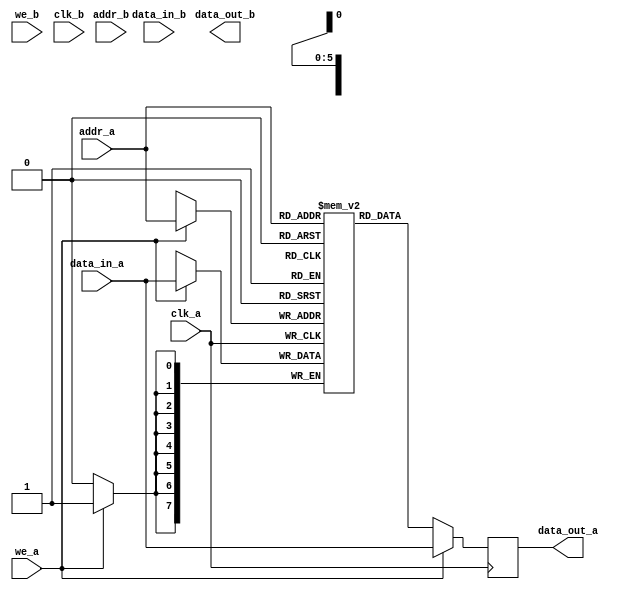
// Quartus Prime Verilog Template
// True Dual Port RAM with dual clocks
// File->New File->VHDL File
// Edit->Insert Template->VHDL->Full designs->RAMs and ROMs->True dual port RAM (dual clock)

module bram_true2p_2clk
#(
  parameter dual_port = 0,
  parameter data_width = 8,
  parameter addr_width = 6
)
(
  input [(data_width-1):0] data_in_a, data_in_b,
  input [(addr_width-1):0] addr_a, addr_b,
  input we_a, we_b, clk_a, clk_b,
  output reg [(data_width-1):0] data_out_a, data_out_b
);
  // Declare the RAM variable
  reg [data_width-1:0] ram[2**addr_width-1:0];

  always @ (posedge clk_a)
  begin
    // Port A 
    if (we_a) 
    begin
      ram[addr_a] <= data_in_a;
      data_out_a <= data_in_a;
    end
    else 
    begin
      data_out_a <= ram[addr_a];
    end
  end

  generate
  if(dual_port)
  always @(posedge clk_b)
  begin
    // Port B 
    if (we_b) 
    begin
      ram[addr_b] <= data_in_b;
      data_out_b <= data_in_b;
    end
    else 
    begin
      data_out_b <= ram[addr_b];
    end 
  end
  endgenerate
  
endmodule